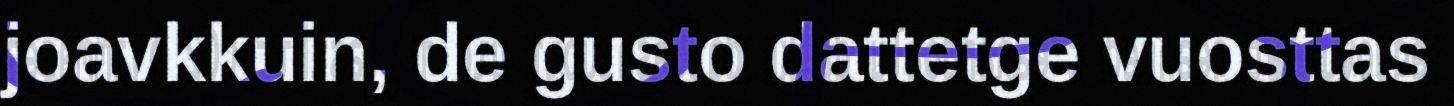
joavkkuin, de gusto dattetge vuosttas